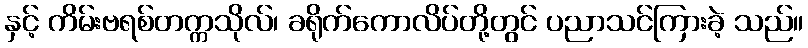
နှင့် ကိမ်းဗရစ်တက္ကသိုလ်၊ ခရိုက်ကောလိပ်တို့တွင် ပညာသင်ကြားခဲ့ သည်။